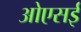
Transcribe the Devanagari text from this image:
ओएसई